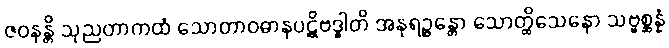
ဇဝနန္တိ သုညတာကထံ သောတာဝဓာနပဋိဗဒ္ဓါတိ အနုရဉ္ဇန္တော သောတ္ထိသေနော သဗ္ဗစ္ဆန္နံ